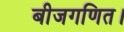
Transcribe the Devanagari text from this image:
बीजगणित।